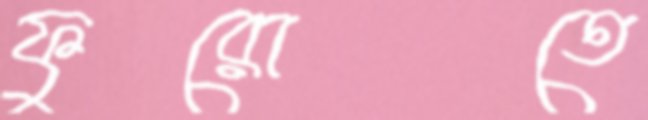
ফুরোতে